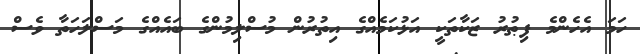
ހަމަ އެހެންމެ ފިޠުރު ޒަކާތަކީ އަޅުކަމެއްގެ އިތުރުން މުސްލިމުންގެ ބައެއްގެ މަސްލަހަތާ ވެސް